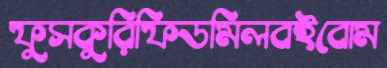
ফুসকুরিফিডমিলবইবোম